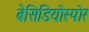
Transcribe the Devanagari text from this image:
बेसिडियोस्पोर